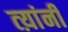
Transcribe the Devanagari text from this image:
त्य़ांनी